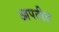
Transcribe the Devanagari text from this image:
आपटीत